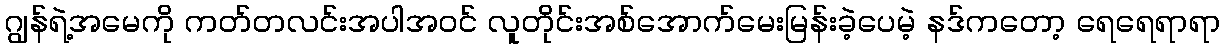
ဂျွန်ရဲ့အမေကို ကတ်တလင်းအပါအဝင် လူတိုင်းအစ်အောက်မေးမြန်းခဲ့ပေမဲ့ နဒ်ကတော့ ရေရေရာရာ